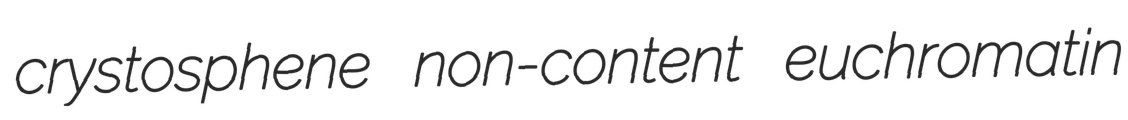
crystosphene non-content euchromatin